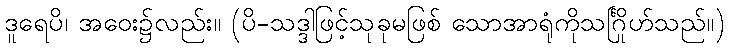
ဒူရေပိ၊ အဝေး၌လည်း။ (ပိ-သဒ္ဒါဖြင့်သုခုမဖြစ် သောအာရုံကိုသင်္ဂြိုဟ်သည်။)